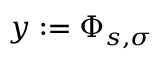
y : = \Phi _ { s , \sigma }